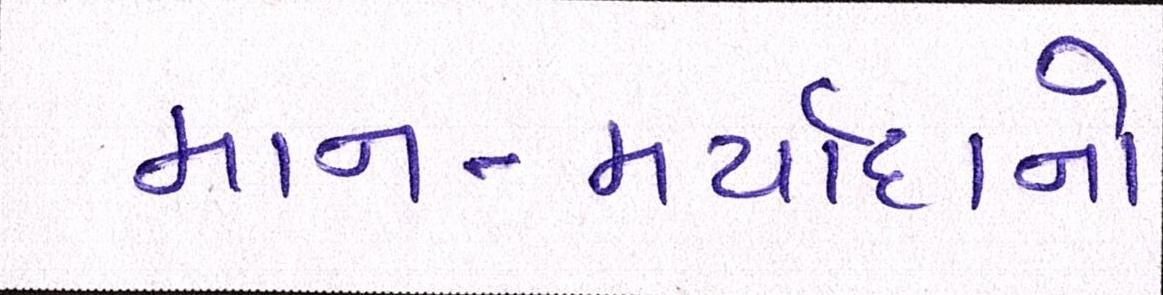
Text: માન-મર્યાદાનો